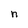
Character: n